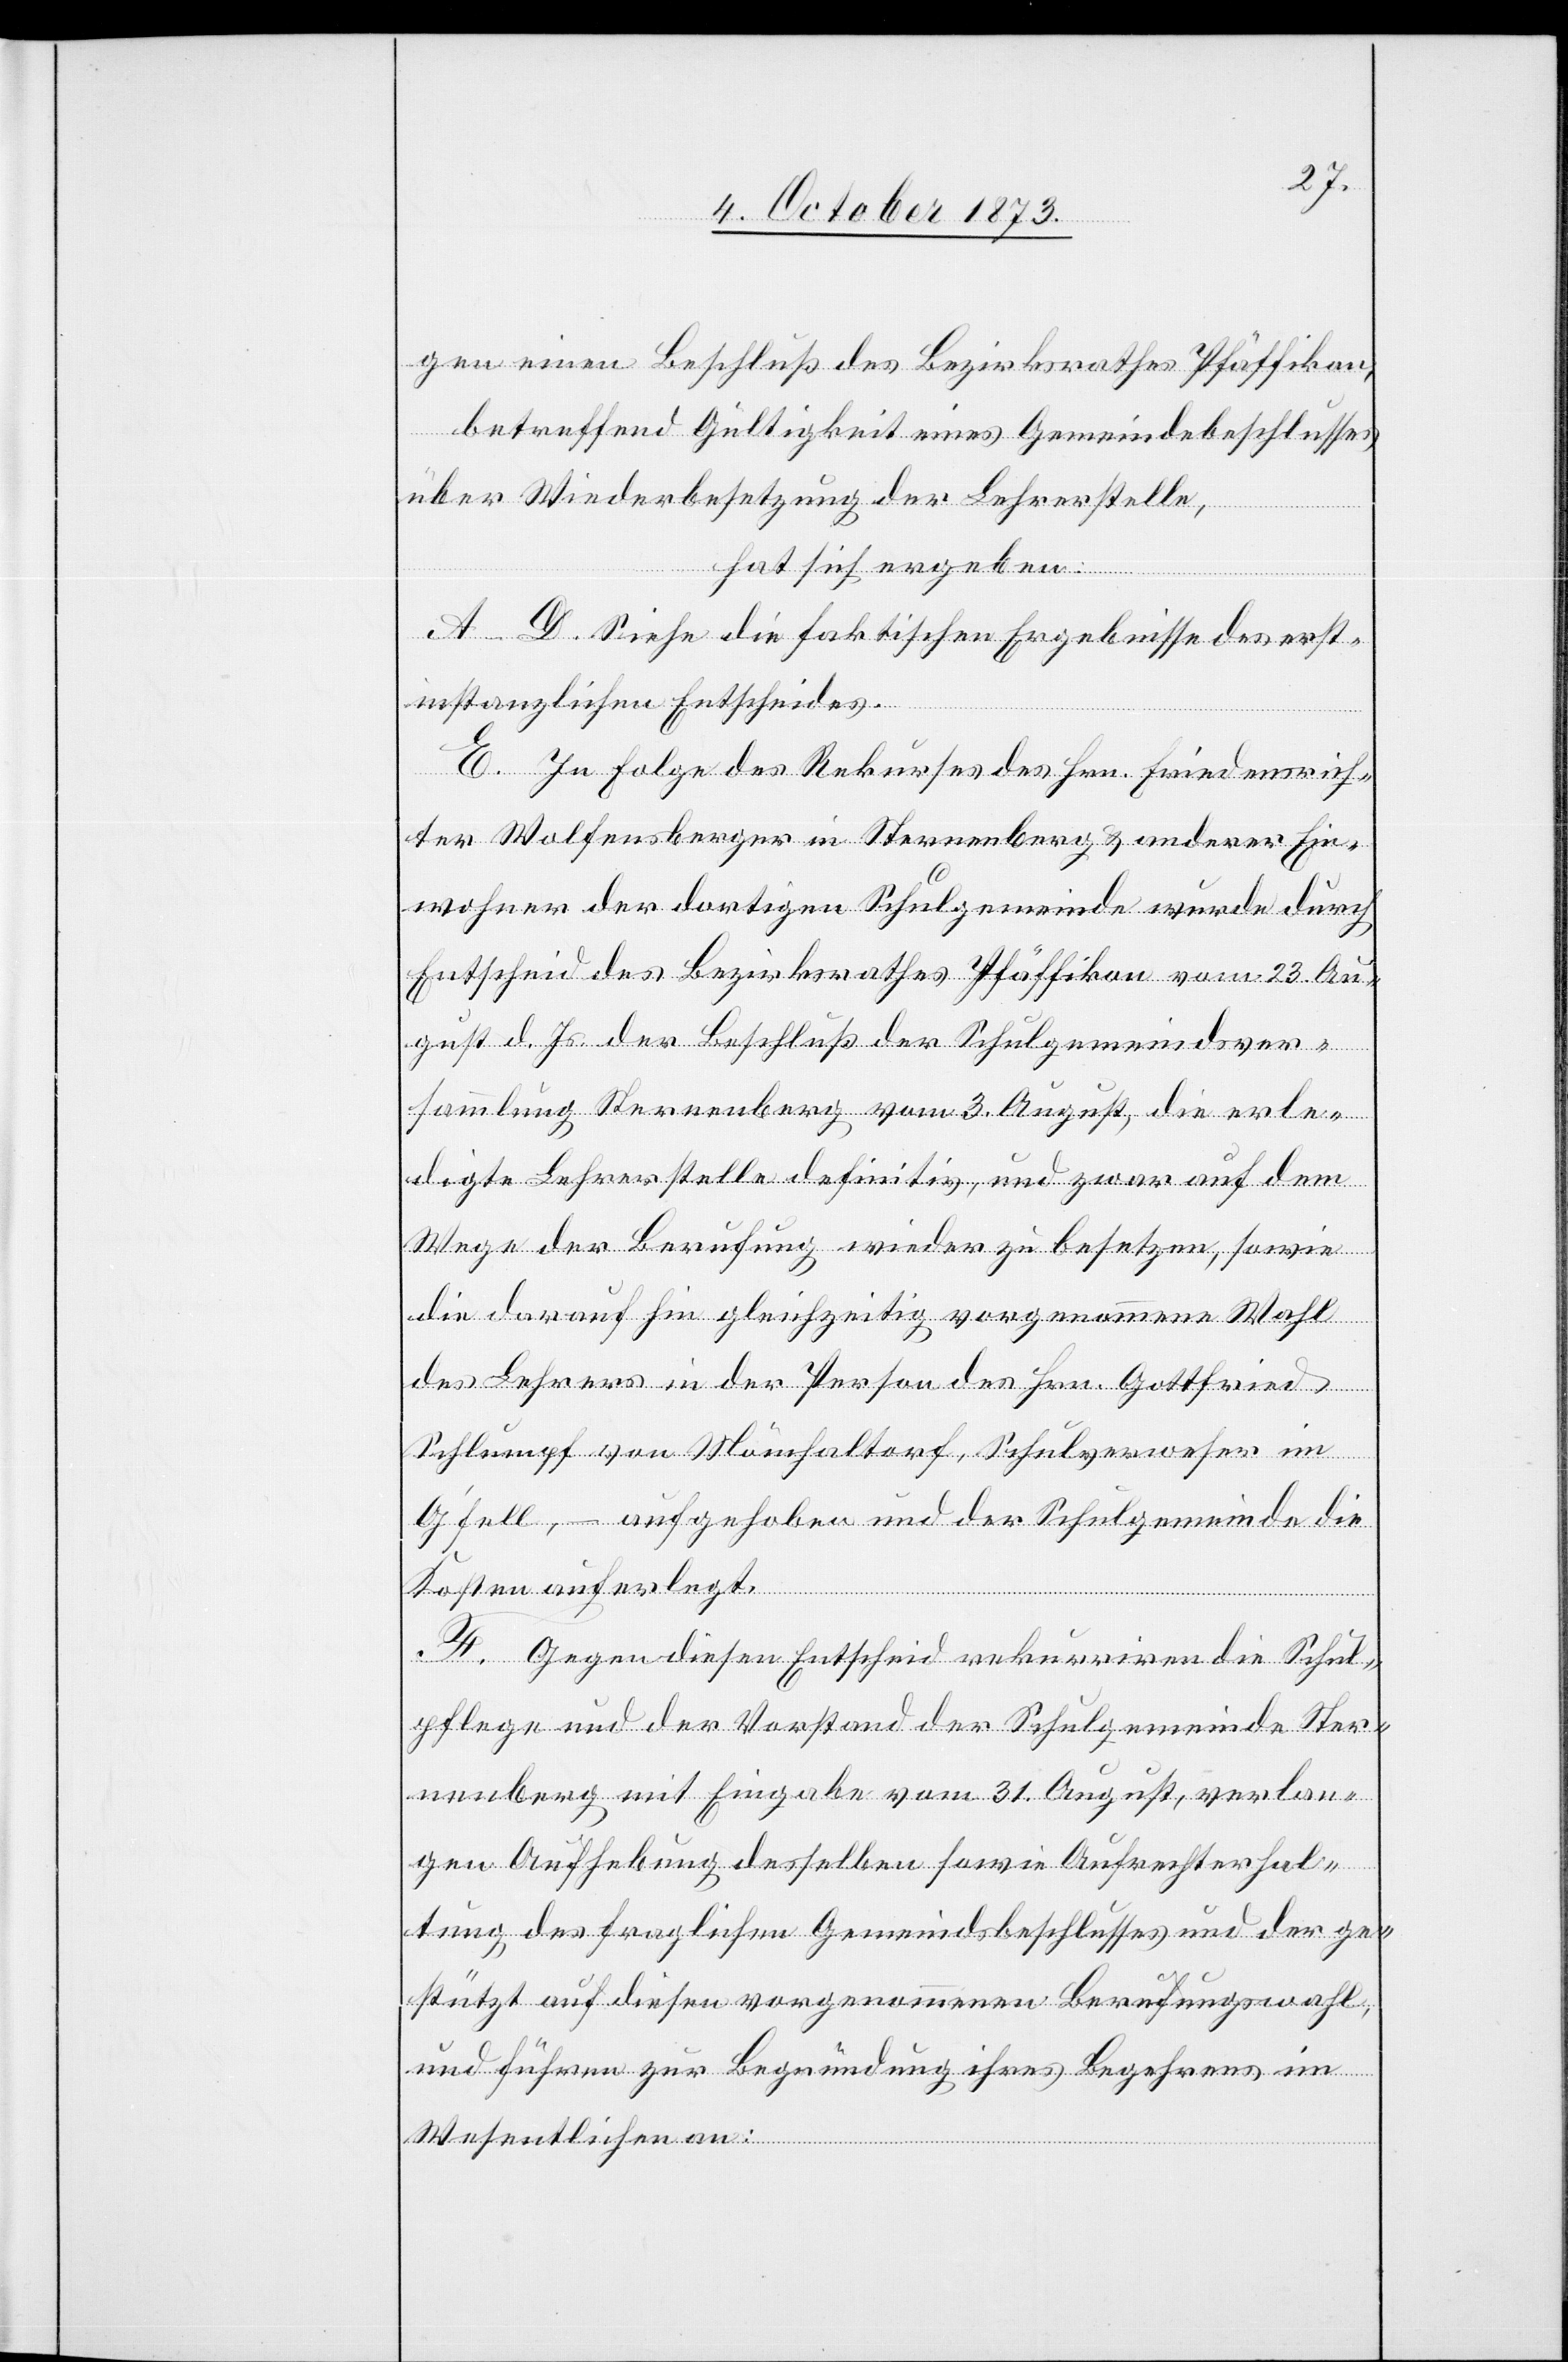
gen einen Beschluß des Bezirksrathes Pfäffikon,
betreffend Gültigkeit eines Gemeindebeschlusses
über Wiederbesetzung der Lehrerstelle,
hat sich ergeben:
A–D. Siehe die faktischen Ergebnisse des erst¬
instanzlichen Entscheides.
E. In Folge des Rekurses des Hrn. Friedensrich¬
ter Wolfensberger in Sternenberg & anderer Ein¬
wohner der dortigen Schulgemeinde wurde durch
Entscheid des Bezirksrathes Pfäffikon vom 23. Au¬
gust d. Js. der Beschluß der Schulgemeindsver¬
sammlung Sternenberg vom 3. August, die erle¬
digte Lehrerstelle definitiv, und zwar auf dem
Wege der Berufung wieder zu besetzen, sowie
die darauf hin gleichzeitig vorgenommene Wahl
des Lehrers in der Person des Hrn. Gottfried
Schlumpf von Mönchaltorf, Schulverweser im
G’fell, – aufgehoben und der Schulgemeinde die
Kosten auferlegt.
F. Gegen diesen Entscheid rekurriren die Schul¬
pflege und der Vorstand der Schulgemeinde Ster¬
nenberg mit Eingabe vom 31. August, verlan¬
gen Aufhebung desselben sowie Aufrechterhal¬
tung des fraglichen Gemeindsbeschlusses und der ge¬
stützt auf diesen vorgenommenen Berufungswahl,
und führen zur Begründung ihres Begehrens im
Wesentlichen an: